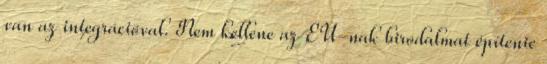
van az integrációval. Nem kellene az EU-nak birodalmat építenie